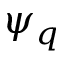
\psi _ { q }